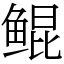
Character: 鲲